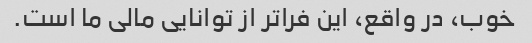
خوب، در واقع، این فراتر از توانایی مالی ما است.